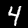
Label: 4